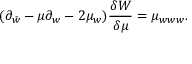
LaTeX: ( \partial _ { \bar { w } } - \mu \partial _ { w } - 2 \mu _ { w } ) { \frac { \delta W } { \delta \mu } } = \mu _ { w w w } .